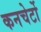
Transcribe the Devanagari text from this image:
कनचेर्टो